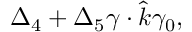
\Delta _ { 4 } + \Delta _ { 5 } \gamma \cdot \hat { k } \gamma _ { 0 } ,